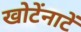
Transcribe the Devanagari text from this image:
खोटेंनाटें